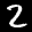
Label: 2